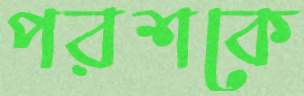
পরশকে